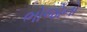
ભોજોનો